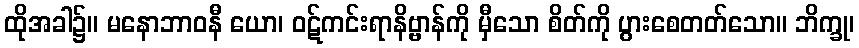
ထိုအခါ၌။ မနောဘာဝနီ ယော၊ ဝဋ်ကင်းရာနိဗ္ဗာန်ကို မှီသော စိတ်ကို ပွားစေတတ်သော။ ဘိက္ခု၊